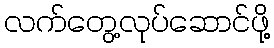
လက်တွေ့လုပ်ဆောင်ဖို့